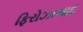
ફિરોઝાબાદ